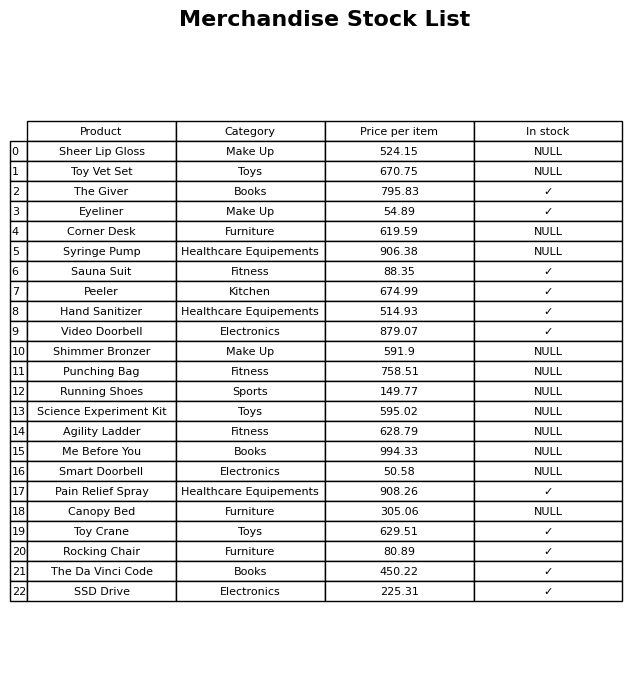
question: What is the stock status of the The Da Vinci Code?
answer: ✓